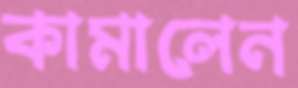
কামালেন